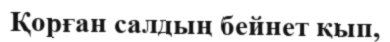
Қорған салдың бейнет қып,